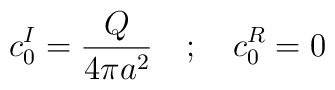
c_0^I = \frac{Q}{4 \pi a^2} \quad ; \quad c_0^R =0